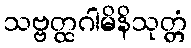
သဗ္ဗတ္ထဂါမိနိသုတ္တံ